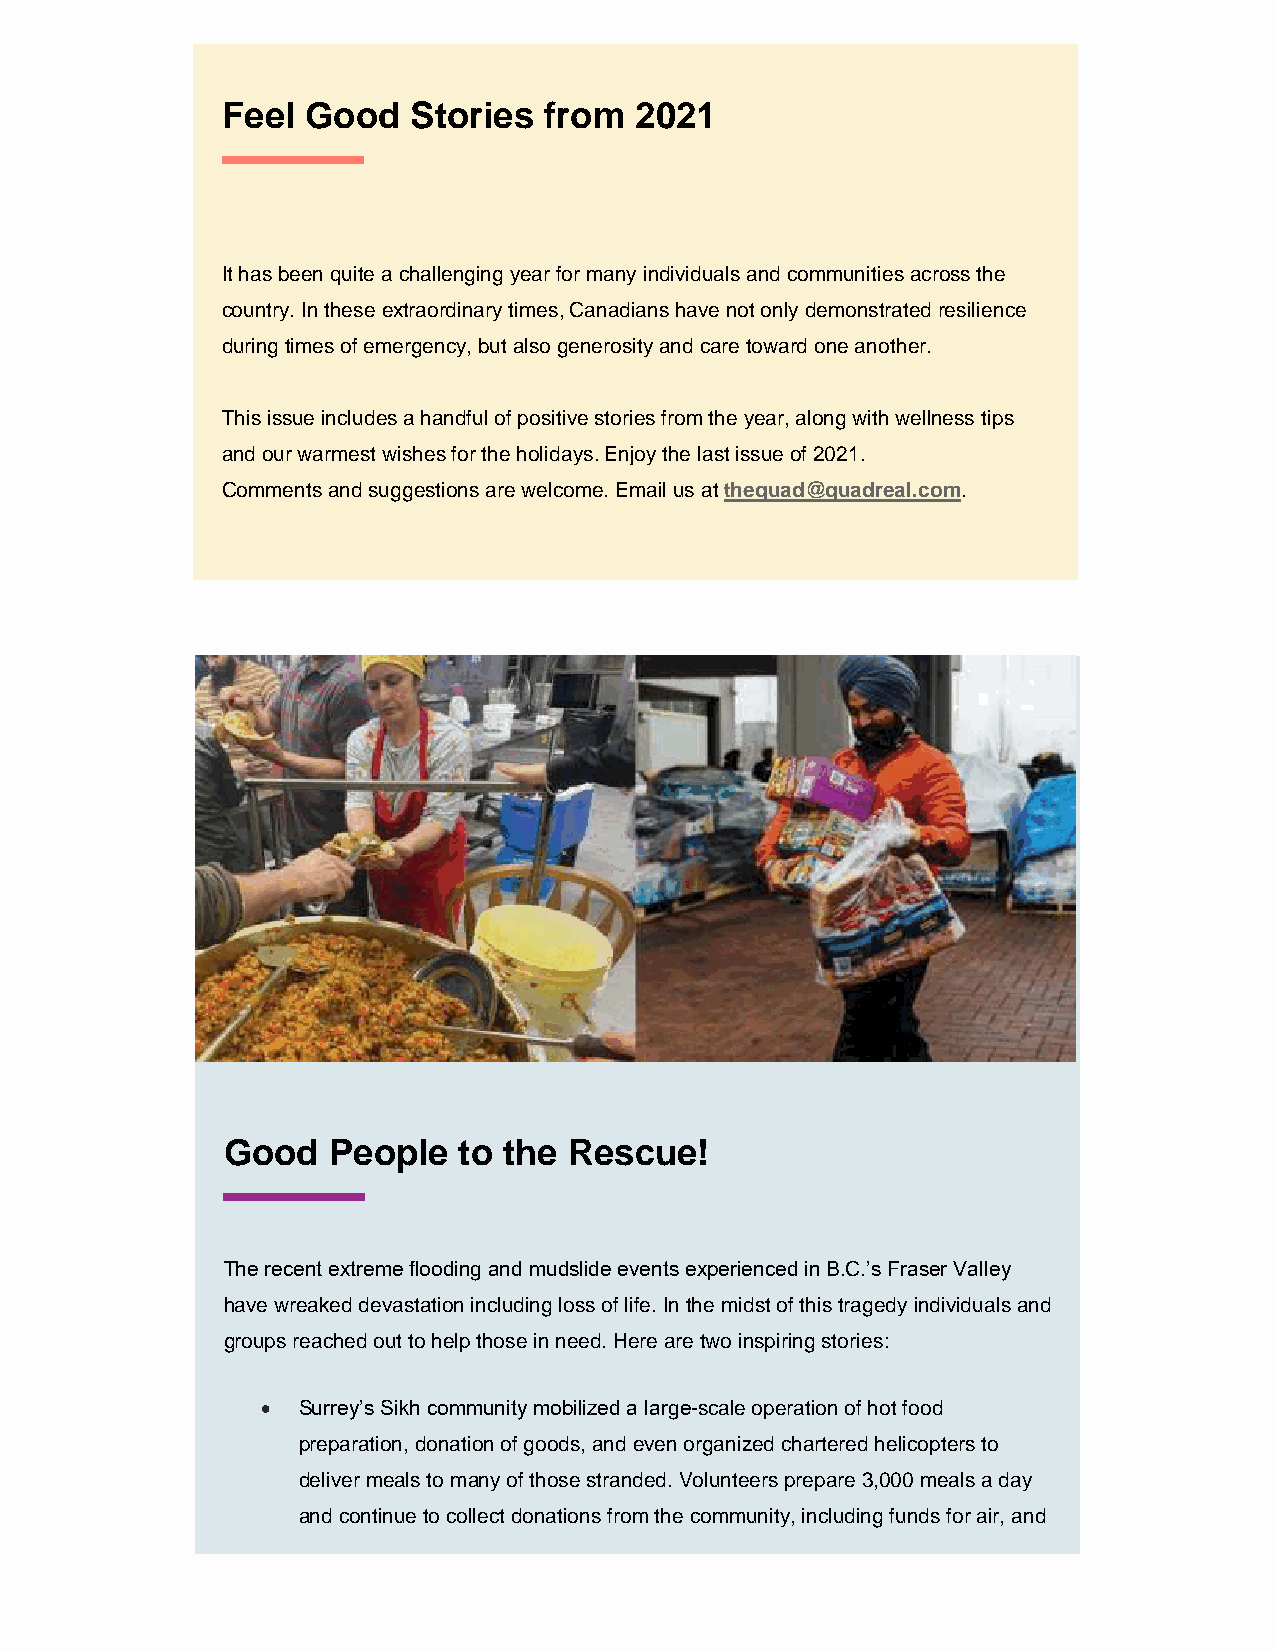
Feel Good   Stories  from  2021
 --------------------------------------------------------------------
 It has been quite a challenging year for many individuals and communities across the
 country. In these extraordinary times, Canadians have not only demonstrated resilience
 during times of emergency, but also generosity and care toward one another.
 This issue includes a handful of positive stories from the year, along with wellness tips
 and our warmest wishes for the holidays. Enjoy the last issue of 2021.
 Comments and suggestions are welcome. Email us at thequad@quadreal.com.
 Good   People  to the  Rescue!
 --------------------------------------------------------------------
 The recent extreme flooding and mudslide events experienced in B.C.’s Fraser Valley
 have wreaked devastation including loss of life. In the midst of this tragedy individuals and
 groups reached out to help those in need. Here are two inspiring stories:
 •  Surrey’s Sikh community mobilized a large-scale operation of hot food
 preparation, donation of goods, and even organized chartered helicopters to
 deliver meals to many of those stranded. Volunteers prepare 3,000 meals a day
 and continue to collect donations from the community, including funds for air, and